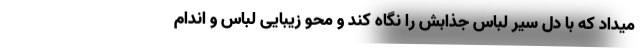
میداد که با دل سیر لباس جذابش را نگاه کند و محو زیبایی لباس و اندام